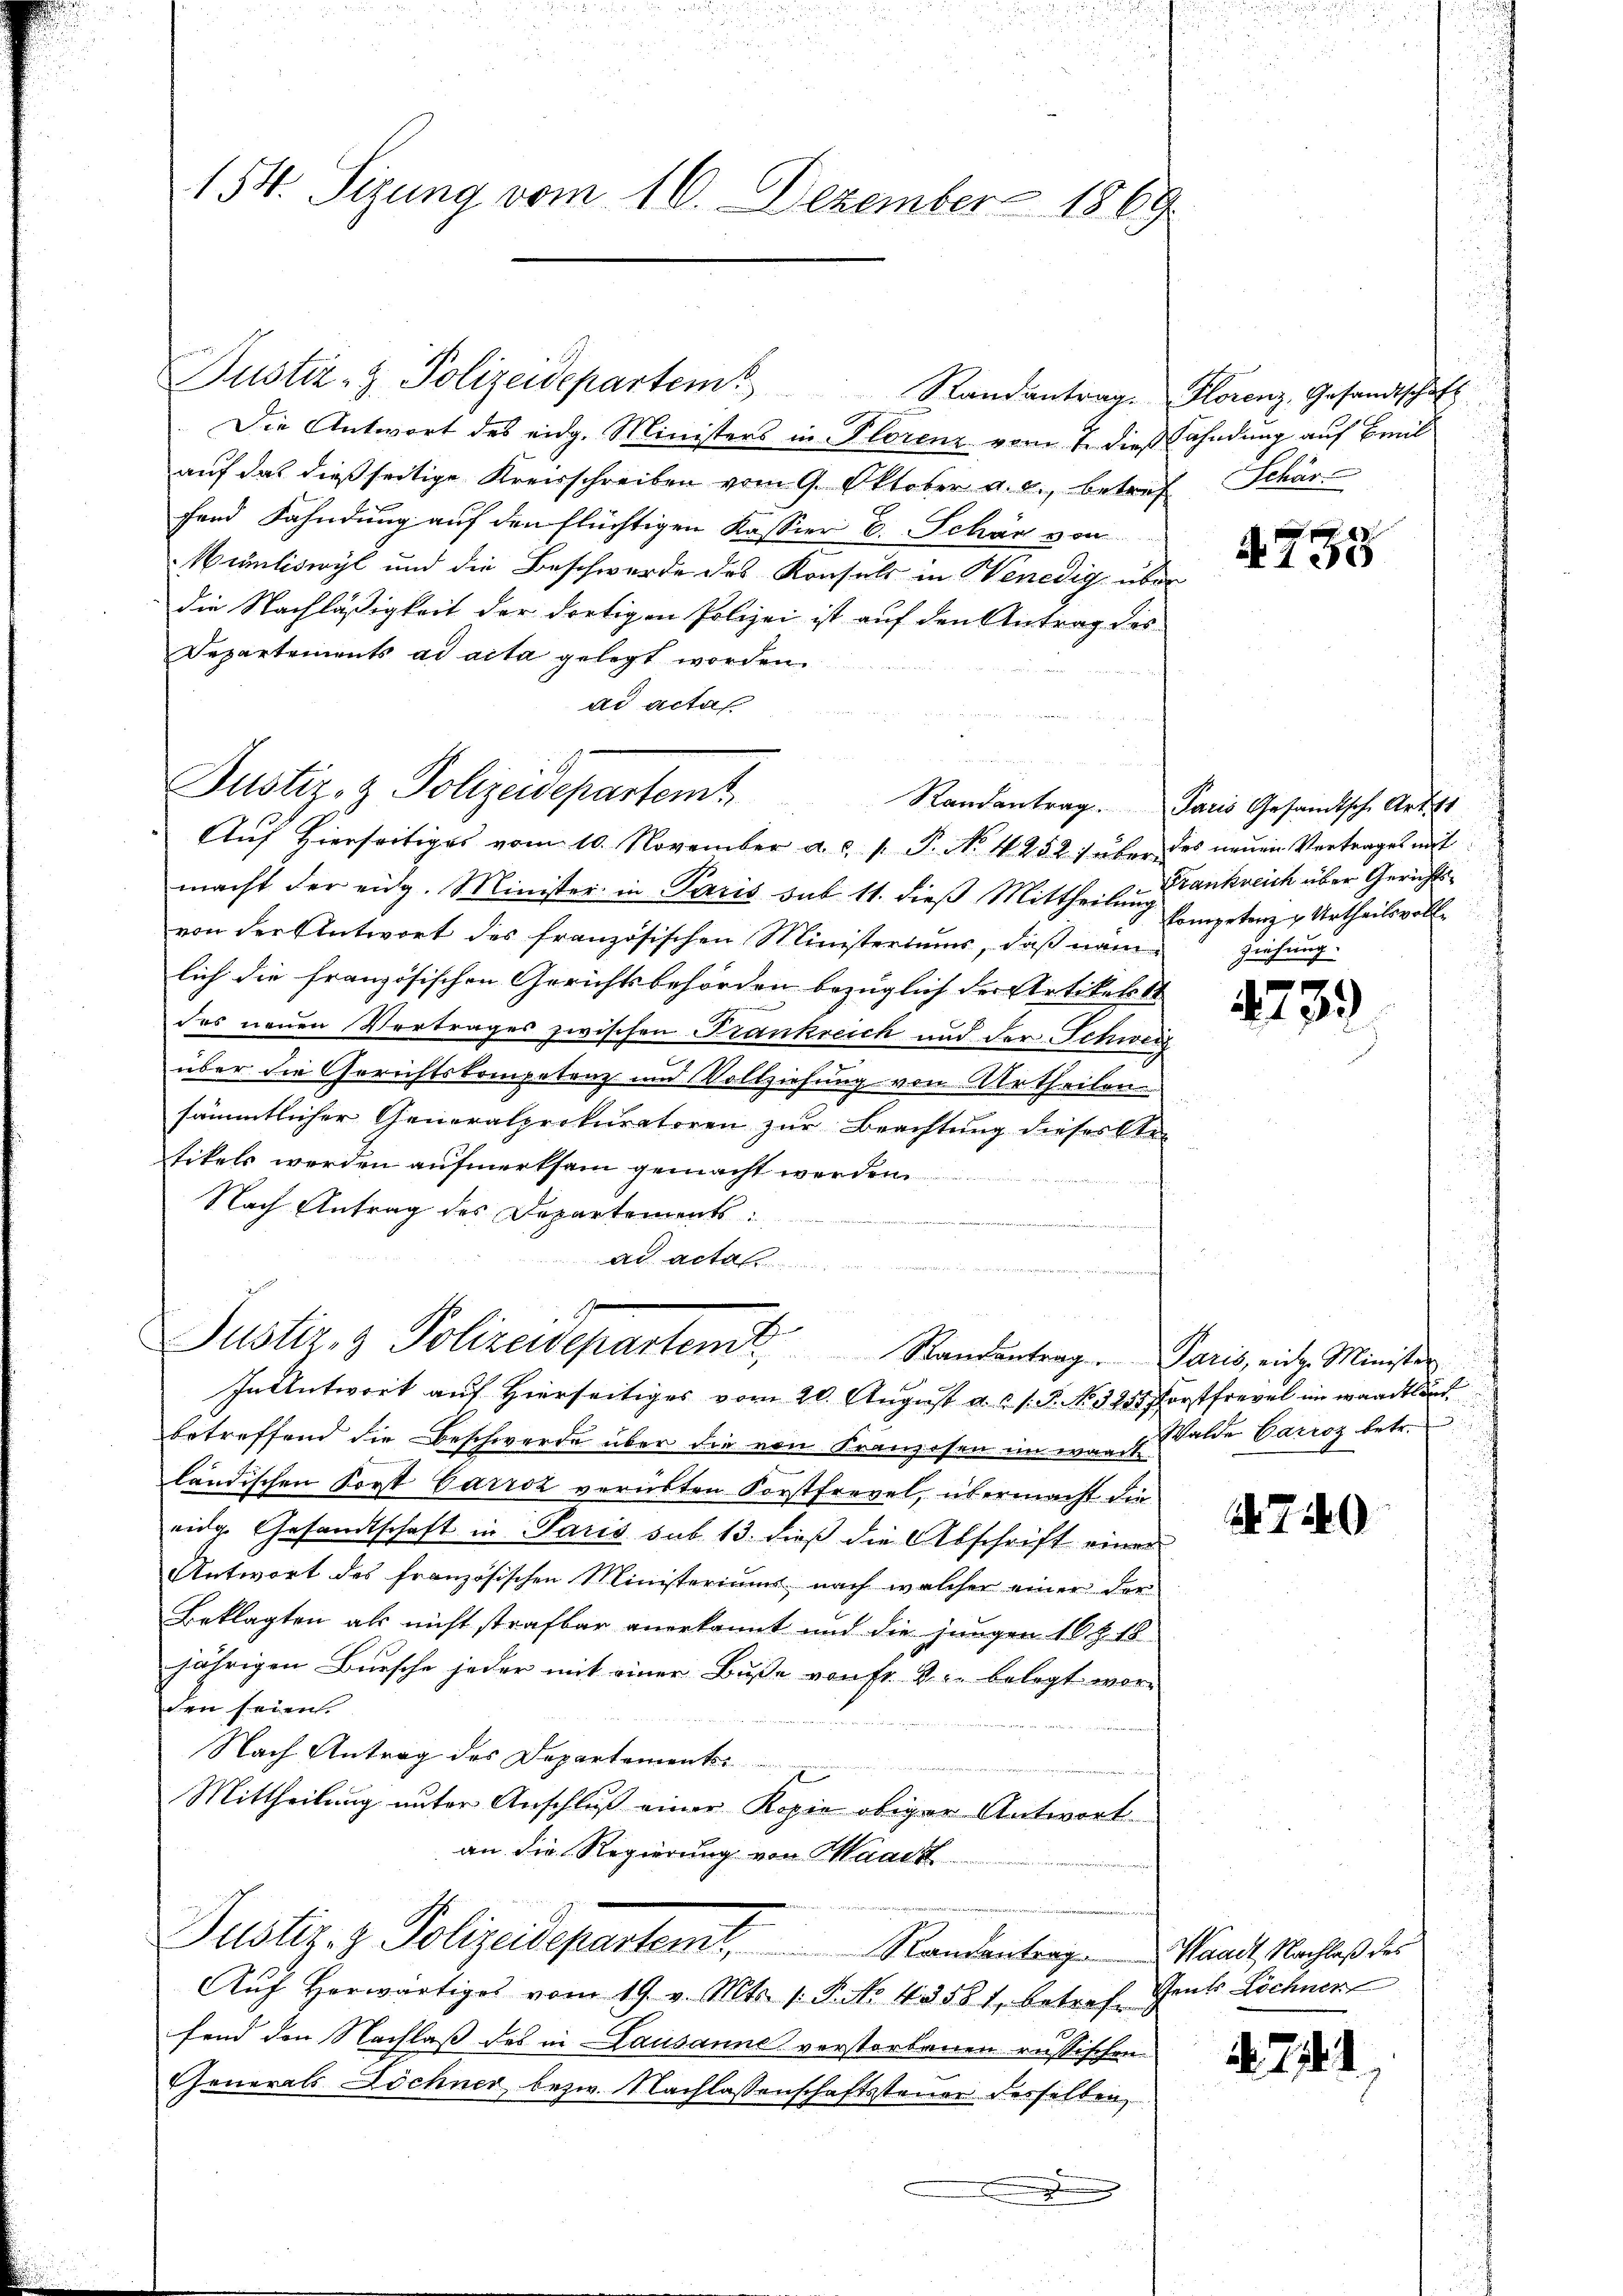
154. Sizung vom 16. Dezember 1869

Die Antwort des eidg. Ministers in Florenz vom 7. dieß Fahndung auf Breil
auf das dießseitige Kreisschreiben vom 9. Oktober a. c., betref
fend Fahndung auf den flüchtigen Kassier E. Schön von
Muliswyl und die Beschwerde des Konsuls in Benedig über
die Nachläßigkeit der dortigen Polizei ist auf den Antrag des
Departements ad acta gelegt worden.
ad acta

Justiz- & Polizeidepartem Standantrage Florenz, Gesandtschaft

Justiz- & Polizeidepartemt
Auf hierseitiges vom 10. November a.c. s. P. No 1252) über des neuen Vertrages mit

macht der eidg. Minister in Paris sub 11. dieß Mittheilung kompetenz v. Urtheilsvollvon der Antwort des französischen Ministeriums, daß nam
lich die französischen Gerichtsbehörden bezüglich der Artikelte
des neuen Vertrages zwischen Frankreich und der Schweiz
über die Gerichtskompetenz und Vollziehung von Urtheilen
sämmtlicher Generalprokuratoren zur Beachtung dieser Ste-
tikels werden aufmerksam gemacht werden.
Nach Antrag des Departements:
Ad acta
n

B
Justiz- & Polizeideparten Standentrag. Paris, eidg. Minister
In Antwort auf Hierseitiges vom 20. August d. J. J. P. No. 325. Forstfrevel in waadtländ

betreffend die Beschwerde über die von Franzosen im war d. Walde Darroz betr.
ländischen Sort Carroz verübten Forstfrevel, übermacht die
eidg. Gesandtschaft in Paris sub. 13. dieß die Abschrift einer
Antwort des französischen Ministeriums nach welcher einer der
Beklagten als nicht strafbar anerkannt und die jungen 10 Z. 18
jährigen Bursche jeder mit einer Buße von Fr. Sie belegt worden seien.
Nach Antrag des Departements
Mittheilung unter Anschluß einer Kopie obiger Antwort
an die Regierung von Maass
Justiz- & Polizeidepartemt, Randentrag Standt, Nachlaß des
Aŭf herwärtiges vom 19. v. Mts. 1. P. No. 43581, betreff
fend den Nachlaß des in Lausanne verstorbenen russischen
Generals Döchner bezw. Nachlassenschaftssteuer desselben,
B
u

Schär

4735

Randantrag. Paris Gesandtsch. Art. 11
Frankreich über Gerichtsziehung.

4739)

740

Gents Löchner

d 741.